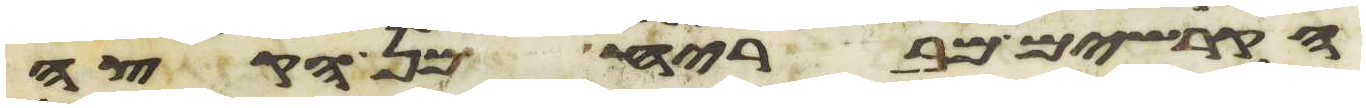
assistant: הקרשים מבריח מן הקצה